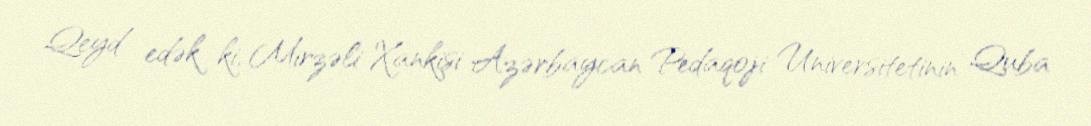
Qeyd edək ki, Mirzəli Xankişi Azərbaycan Pedaqoji Universitetinin Quba